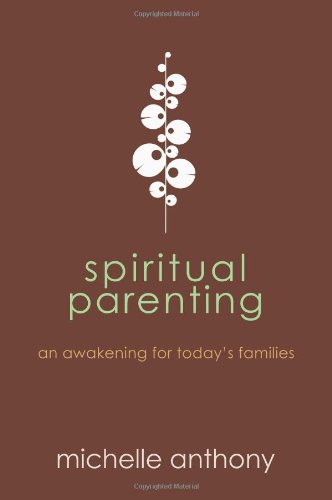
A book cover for Spiritual Parenting: An Awakening for Today's Families; Michelle Anthony; Christian Books & Bibles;